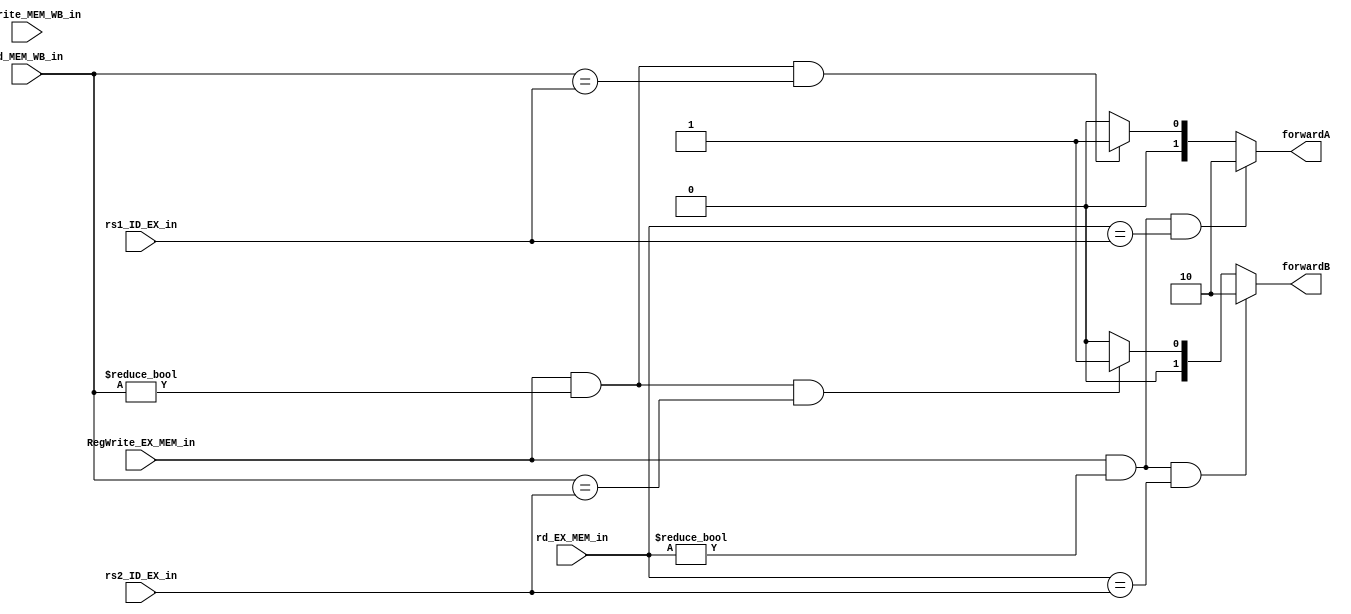
module forwarding (
    input [4:0] rs1_ID_EX_in,
    input [4:0] rs2_ID_EX_in,
    input [4:0] rd_EX_MEM_in,
    input [4:0] rd_MEM_WB_in,
    input RegWrite_EX_MEM_in,
    input RegWrite_MEM_WB_in,
    output reg [1:0] forwardA,
    output reg [1:0] forwardB
);
    reg [1:0] forwardA_temp;
    reg [1:0] forwardB_temp;


    initial begin
        forwardA_temp = 2'b00;
        forwardB_temp = 2'b00;
    end   

    always @(*) begin
        
        if(RegWrite_EX_MEM_in && (rd_EX_MEM_in != 0) && rd_EX_MEM_in == rs1_ID_EX_in)
            forwardA_temp = 2'b10;
        else if(RegWrite_EX_MEM_in && (rd_EX_MEM_in != 0) && rd_EX_MEM_in == rs2_ID_EX_in)
            forwardB_temp = 2'b10;
        else if(RegWrite_EX_MEM_in && (rd_MEM_WB_in != 0) && rd_MEM_WB_in == rs1_ID_EX_in)
            forwardA_temp = 2'b01;
        else if(RegWrite_EX_MEM_in && (rd_MEM_WB_in != 0) && rd_MEM_WB_in == rs2_ID_EX_in)
            forwardB_temp = 2'b01;
        else begin
            forwardA_temp = 2'b00;
            forwardB_temp = 2'b00;
        end
        forwardA = forwardA_temp;
        forwardB = forwardB_temp;
    end


endmodule